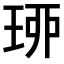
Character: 𤥗